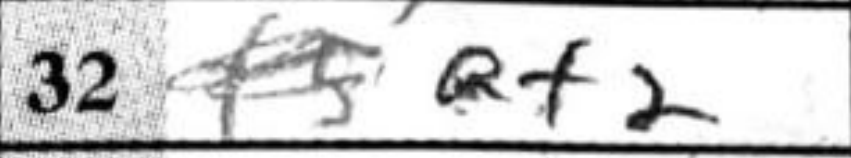
Transcription: Qf2